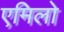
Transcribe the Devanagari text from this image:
एमिलो